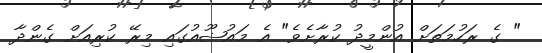
" ގެ ރަހުމަތަށް އުންމީދު ކުރާށެވެ" އެ މައުޟޫއުގައި މިރޭ ކުރިއަށް ގެންދާ